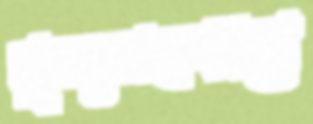
নৃত্যসহকারে